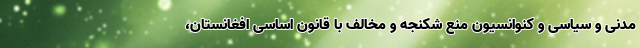
مدنی و سیاسی و کنوانسیون منع شکنجه و مخالف با قانون اساسی افغانستان،